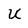
Character: U